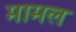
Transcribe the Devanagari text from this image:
मामल